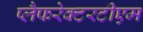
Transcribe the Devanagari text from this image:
प्लैफरेक्टरटीएम